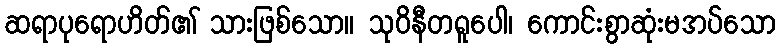
ဆရာပုရောဟိတ်၏ သားဖြစ်သော။ သုဝိနီတရူပေါ၊ ကောင်းစွာဆုံးမအပ်သော